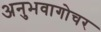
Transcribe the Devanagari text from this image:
अनुभवागोचर